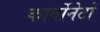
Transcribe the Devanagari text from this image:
कार्वोनेटों